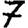
Digit: 7